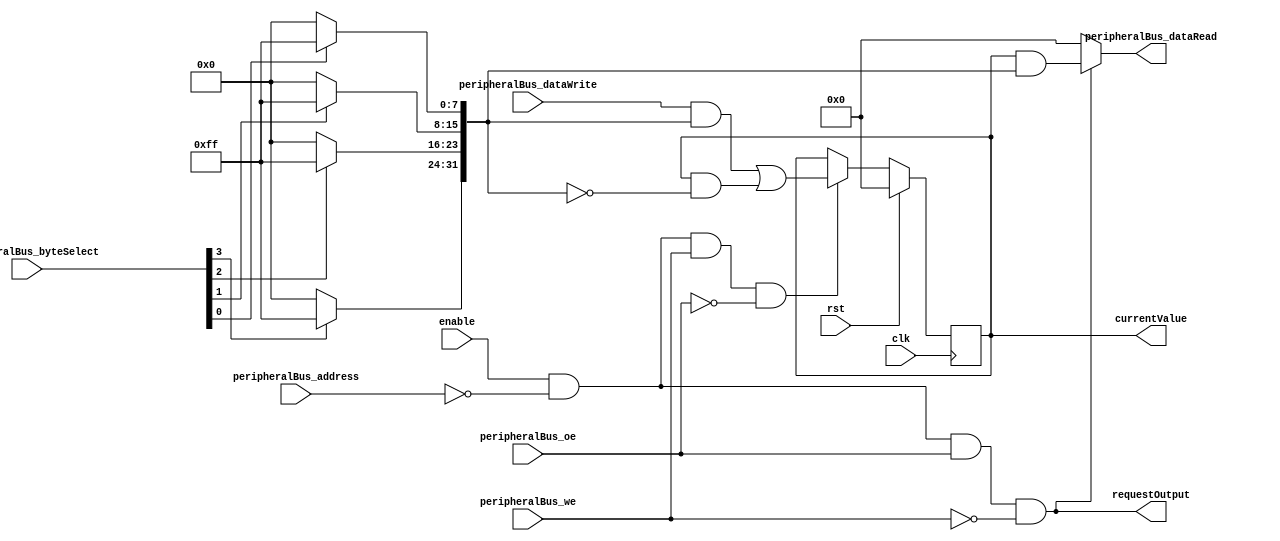
`default_nettype none

`ifndef CONFIGURATION_REGISTER_V
`define CONFIGURATION_REGISTER_V

module ConfigurationRegister #(
		parameter WIDTH = 32,
		parameter ADDRESS = 12'b0,
		parameter DEFAULT = 32'b0
	)(
		input wire clk,
		input wire rst,

		// Peripheral Bus
		input wire enable,
		input wire peripheralBus_we,
		input wire peripheralBus_oe,
		input wire[11:0] peripheralBus_address,
		input wire[3:0] peripheralBus_byteSelect,
		output wire[31:0] peripheralBus_dataRead,
		input wire[31:0] peripheralBus_dataWrite,
		output wire requestOutput,

		output wire[WIDTH-1:0] currentValue
	);

	wire[31:0] dataMask = {
		peripheralBus_byteSelect[3] ? 8'hFF : 8'h00,
		peripheralBus_byteSelect[2] ? 8'hFF : 8'h00,
		peripheralBus_byteSelect[1] ? 8'hFF : 8'h00,
		peripheralBus_byteSelect[0] ? 8'hFF : 8'h00
	};

	reg[WIDTH-1:0] registerValue;
	wire[WIDTH-1:0] maskedWriteData = (peripheralBus_dataWrite[WIDTH-1:0] & dataMask[WIDTH-1:0]) | (registerValue & ~dataMask[WIDTH-1:0]);

	generate
		if (WIDTH < 32) wire[32-WIDTH-1:0] _unused_zeroPadding = peripheralBus_dataWrite[31:WIDTH];
	endgenerate

	wire registerSelect = enable && (peripheralBus_address == ADDRESS[11:0]);
	wire we = registerSelect && peripheralBus_we && !peripheralBus_oe;
	wire oe = registerSelect && peripheralBus_oe && !peripheralBus_we;

	always @(posedge clk) begin
		if (rst) begin
			registerValue <= DEFAULT;
		end else begin
			if (we) registerValue <= maskedWriteData;
		end
	end

	wire[31:0] baseReadData;
	generate
		if (WIDTH == 32) begin
			assign baseReadData = registerValue;
		end else begin
			wire[32-WIDTH-1:0] zeroPadding = 'b0;
			assign baseReadData = { zeroPadding, registerValue };
		end
	endgenerate

	assign peripheralBus_dataRead = oe ? baseReadData & dataMask : 32'b0;
	assign requestOutput = oe;
	assign currentValue = registerValue;

endmodule

`endif